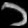
Digit: ၁